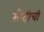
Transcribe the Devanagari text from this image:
सौदीची